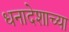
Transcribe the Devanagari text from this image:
धनादेशाच्या